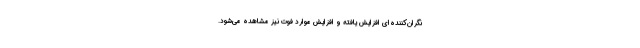
نگران‌کننده‌ای افزایش یافته و افزایش موارد فوت نیز مشاهده می‌شود.